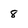
Character: 8